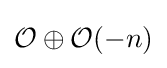
{\textstyle {\mathcal {O}}\oplus {\mathcal {O}}(-n)}